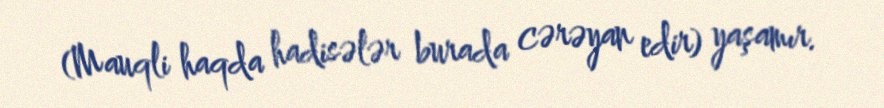
(Mauqli haqda hadisələr burada cərəyan edir) yaşamır.